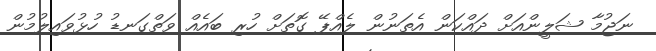
ނަޖުމާ ޝަލީންއަށް ދައްކަން އެތަނުން ލެއްޕޭ ގޮތަށް ހުރި ބައެއް ވަތްގަނޑު ހުޅުވައިލުމުން